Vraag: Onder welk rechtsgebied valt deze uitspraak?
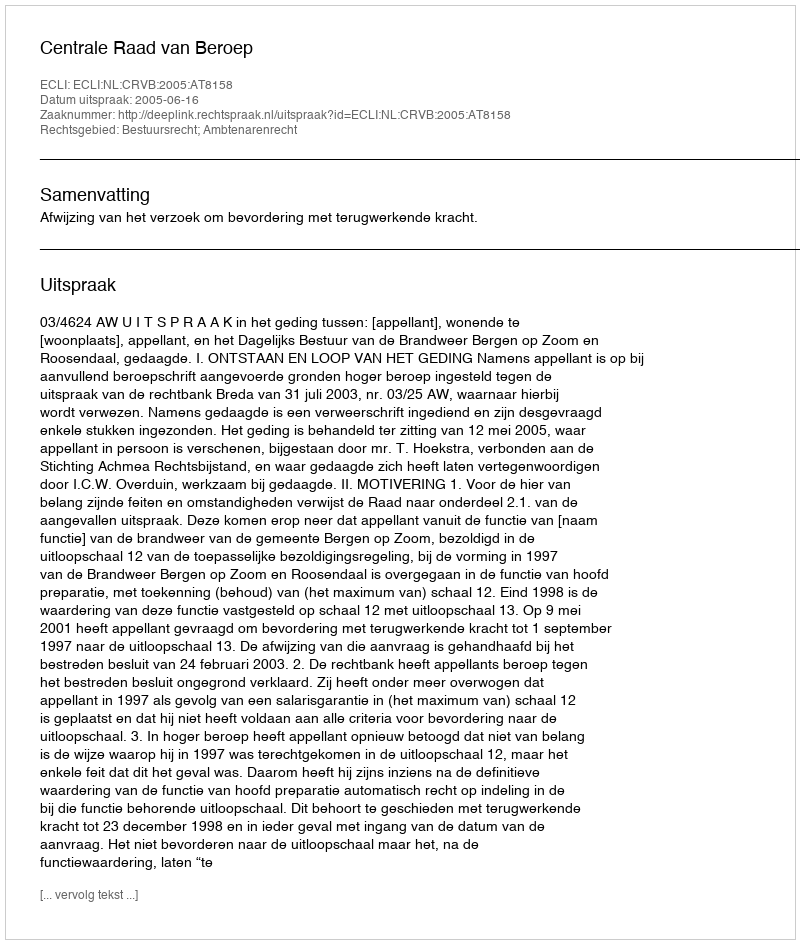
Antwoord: Bestuursrecht; Ambtenarenrecht